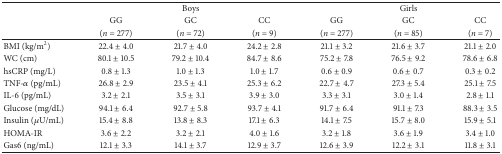
|  | <COLSPAN=3> Boys | <COLSPAN=3> Girls |
 |  | GG | GC | CC | GG | GC | CC |
 |  | (n = 277) | (n = 72) | (n = 9) | (n = 277) | (n = 85) | (n = 7) |
 | --- | --- | --- | --- | --- | --- | --- |
 | BMI (kg/m2) | 22.4 ± 4.0 | 21.7 ± 4.0 | 24.2 ± 2.8 | 21.1 ± 3.2 | 21.6 ± 3.7 | 21.1 ± 2.0 |
 | WC (cm) | 80.1 ± 10.5 | 79.2 ± 10.4 | 84.7 ± 8.6 | 75.2 ± 7.8 | 76.5 ± 9.2 | 78.6 ± 6.8 |
 | hsCRP (mg/L) | 0.8 ± 1.3 | 1.0 ± 1.3 | 1.0 ± 1.7 | 0.6 ± 0.9 | 0.6 ± 0.7 | 0.3 ± 0.2 |
 | TNF-α (pg/mL) | 26.8 ± 2.9 | 23.5 ± 4.1 | 25.3 ± 6.2 | 22.7 ± 4.7 | 27.3 ± 5.4 | 25.1 ± 7.5 |
 | IL-6 (pg/mL) | 3.2 ± 2.1 | 3.5 ± 3.1 | 3.9 ± 3.0 | 3.3 ± 3.1 | 3.0 ± 1.4 | 2.8 ± 1.1 |
 | Glucose (mg/dL) | 94.1 ± 6.4 | 92.7 ± 5.8 | 93.7 ± 4.1 | 91.7 ± 6.4 | 91.1 ± 7.3 | 88.3 ± 3.5 |
 | Insulin (μU/mL) | 15.4 ± 8.8 | 13.8 ± 8.3 | 17.1 ± 6.3 | 14.1 ± 7.5 | 15.7 ± 8.0 | 15.9 ± 5.1 |
 | HOMA-IR | 3.6 ± 2.2 | 3.2 ± 2.1 | 4.0 ± 1.6 | 3.2 ± 1.8 | 3.6 ± 1.9 | 3.4 ± 1.0 |
 | Gas6 (ng/mL) | 12.1 ± 3.3 | 14.1 ± 3.7 | 12.9 ± 3.7 | 12.6 ± 3.9 | 12.2 ± 3.1 | 11.8 ± 3.1 |